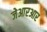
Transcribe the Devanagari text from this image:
जेआरआर